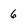
Character: 6